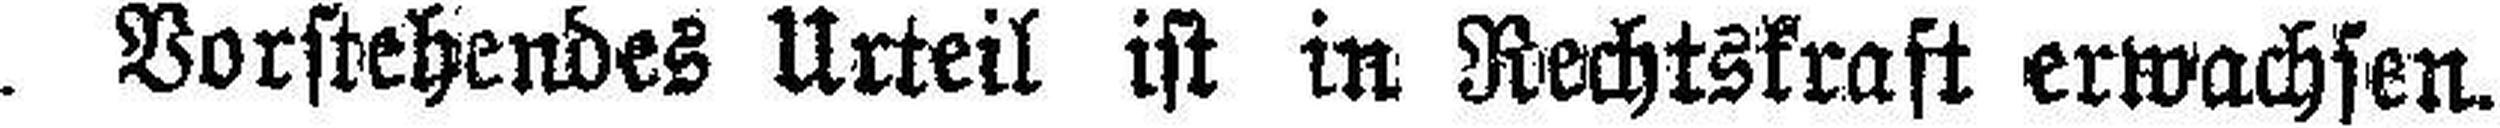
Vorstehendes Urteil ist in Rechtskraft erwachsen.